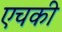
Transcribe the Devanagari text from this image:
एचकी